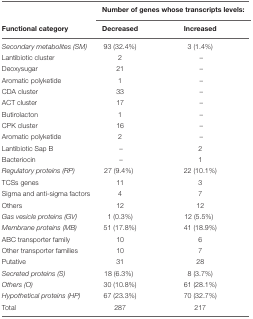
<table><thead><tr><td></td><td colspan="2"><b>Number of genes whose transcripts levels:</b></td></tr><tr><td><b>Functional category</b></td><td><b>Decreased</b></td><td><b>Increased</b></td></tr></thead><tbody><tr><td><i>Secondary metabolites (SM)</i></td><td>93 (32.4%)</td><td>3 (1.4%)</td></tr><tr><td>Lantibiotic cluster</td><td>2</td><td>–</td></tr><tr><td>Deoxysugar</td><td>21</td><td>–</td></tr><tr><td>Aromatic polyketide</td><td>1</td><td>–</td></tr><tr><td>CDA cluster</td><td>33</td><td>–</td></tr><tr><td>ACT cluster</td><td>17</td><td>–</td></tr><tr><td>Butirolacton</td><td>1</td><td>–</td></tr><tr><td>CPK cluster</td><td>16</td><td>–</td></tr><tr><td>Aromatic polyketide</td><td>2</td><td>–</td></tr><tr><td>Lantibiotic Sap B</td><td>–</td><td>2</td></tr><tr><td>Bacteriocin</td><td>–</td><td>1</td></tr><tr><td><i>Regulatory proteins (RP)</i></td><td>27 (9.4%)</td><td>22 (10.1%)</td></tr><tr><td>TCSs genes</td><td>11</td><td>3</td></tr><tr><td>Sigma and anti-sigma factors</td><td>4</td><td>7</td></tr><tr><td>Others</td><td>12</td><td>12</td></tr><tr><td><i>Gas vesicle proteins (GV)</i></td><td>1 (0.3%)</td><td>12 (5.5%)</td></tr><tr><td><i>Membrane proteins (MB)</i></td><td>51 (17.8%)</td><td>41 (18.9%)</td></tr><tr><td>ABC transporter family</td><td>10</td><td>6</td></tr><tr><td>Other transporter families</td><td>10</td><td>7</td></tr><tr><td>Putative</td><td>31</td><td>28</td></tr><tr><td><i>Secreted proteins (S)</i></td><td>18 (6.3%)</td><td>8 (3.7%)</td></tr><tr><td><i>Others (O)</i></td><td>30 (10.8%)</td><td>61 (28.1%)</td></tr><tr><td><i>Hypothetical proteins (HP)</i></td><td>67 (23.3%)</td><td>70 (32.7%)</td></tr><tr><td>Total</td><td>287</td><td>217</td></tr></tbody></table>